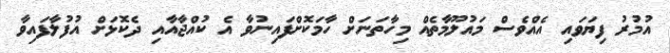
އުމުރު ފިޔަވައި އެއްވެސް މައުލޫމާތެއް މިހާތަނަށް ހާމަކޮށްފައިނުވާ އެ ކުއްޖާއާއި ދެކޮޅަށް އުފުލާފައިވާ